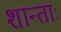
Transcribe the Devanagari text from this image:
शान्ताः